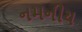
નમનીય